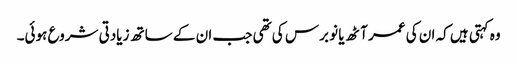
وہ کہتی ہیں کہ ان کی عمر آٹھ یا نو برس کی تھی جب ان کے ساتھ زیادتی شروع ہوئی۔